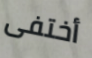
أختفى